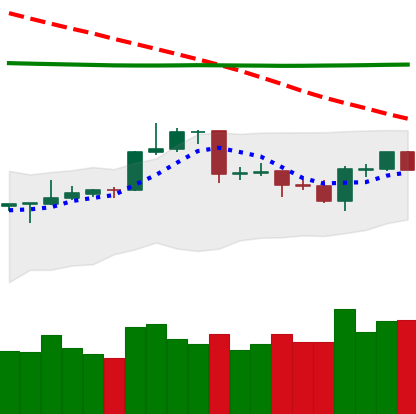
Ticker: LTC-USD
Chart end date: 2020-04-19
Forward return: 5.103%
Label: up_5_7